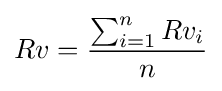
Rv={\frac {\sum _{i=1}^{n}Rv_{i}}{n}}